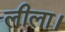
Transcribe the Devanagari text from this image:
लीला।